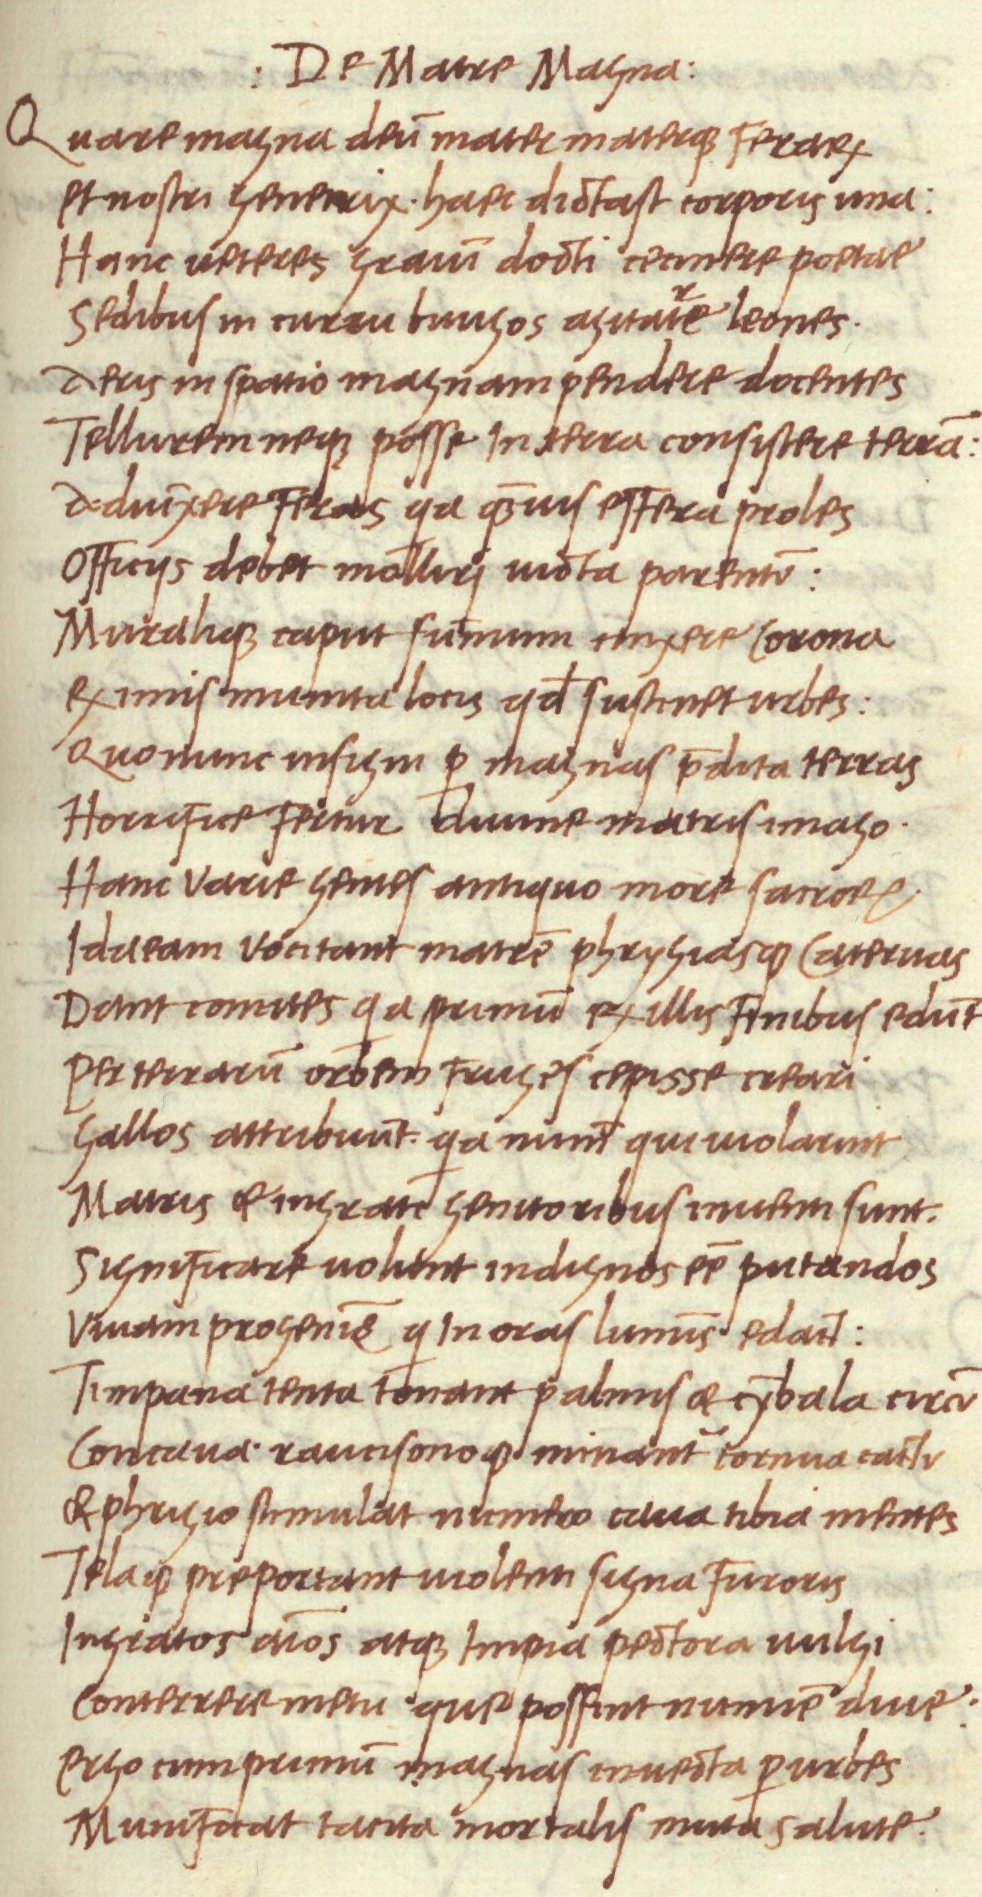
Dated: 1468–1469